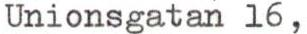
Unionsgatan 16,